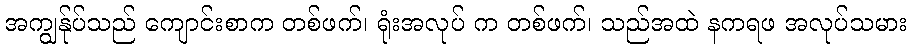
အကျွန်ုပ်သည် ကျောင်းစာက တစ်ဖက်၊ ရုံးအလုပ် က တစ်ဖက်၊ သည်အထဲ နကရဖ အလုပ်သမား